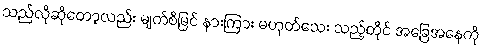
သည်လိုဆိုတော့လည်း မျက်စိမြင် နားကြား မဟုတ်သေး သည့်တိုင် အခြေအနေကို